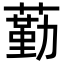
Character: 𦻵